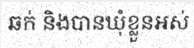
ឆក់ និងបានឃុំខ្លួនអស់